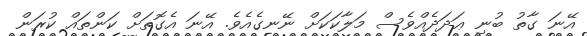
އޭނަ ގާތު ބުނި ޢަދަދެއްވެސް މަލާކަކަށް ނޭނގެއެވެ. އޭނަ އެގޮތަށް ކަންތައް ކުރަން